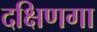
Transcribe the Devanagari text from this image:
दक्षिणगा